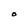
Character: O